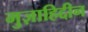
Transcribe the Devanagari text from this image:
मुज़ाहिद्दीन